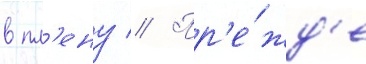
в пл'ену // Пр'е́жд'е